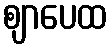
ဈာပေထ